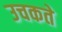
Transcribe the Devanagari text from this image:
उचकते